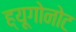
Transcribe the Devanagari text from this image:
ह्यूगोनोट